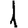
Digit: 1